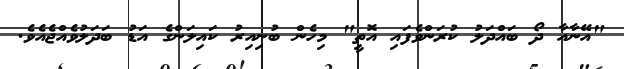
"އޭނާއާ ދޯ ބައްދަލު ކުރަންވެފައި އޮތީ" މިހެން ބުނިއިރު ކައިލަންގެ އަޑު ބަދަލުވެއްޖެއެވެ.